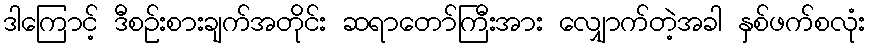
ဒါကြောင့် ဒီစဉ်းစားချက်အတိုင်း ဆရာတော်ကြီးအား လျှောက်တဲ့အခါ နှစ်ဖက်စလုံး